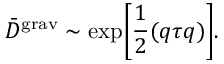
{ \bar { D } } ^ { \mathrm { g r a v } } \sim \exp \biggl [ \frac { 1 } { 2 } ( q \tau q ) \biggr ] .